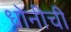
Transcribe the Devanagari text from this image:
धोनीची